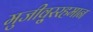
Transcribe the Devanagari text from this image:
मुजीवु्ररहमान